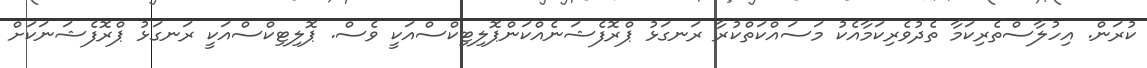
ކުރަން. އިހުލާސްތެރިކަމާ ތެދުވެރިކަމާއެކު މަސައްކަތްކުރާ ރަނގަޅު ޕްރޮފެޝަނެއްކަންޕޮލިޓިކްސްއަކީ ވެސް. ޕޮލިޓިކްސްއަކީ ރަނގަޅު ޕްރޮފެޝަނަކަށް